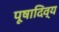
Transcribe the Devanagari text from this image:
पूषादिव्य